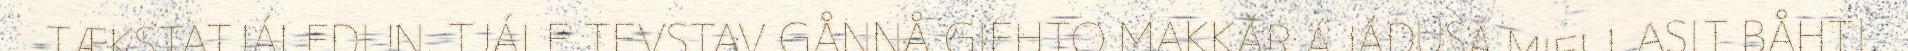
TÆKSTATJÁLEDIJN. TJÁLE TEVSTAV GÅNNÅ GIEHTO MAKKÁR ÁJÁDUSÁ MIELLASIT BÅHTI